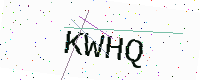
Text: KWHQ